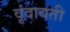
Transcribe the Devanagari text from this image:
वृंदावती